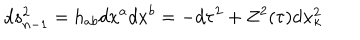
d s _ { n - 1 } ^ { 2 } = h _ { a b } d x ^ { a } d x ^ { b } = - d \tau ^ { 2 } + Z ^ { 2 } ( \tau ) d { \bf x } _ { \kappa } ^ { 2 }